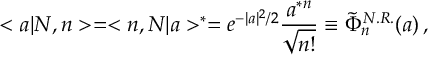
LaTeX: < a | N , n > = < n , N | a > ^ { * } = e ^ { - | a | ^ { 2 } / 2 } \frac { a ^ { * } { } ^ { n } } { \sqrt { n ! } } \equiv \tilde { \Phi } _ { n } ^ { N . R . } ( a ) \, ,